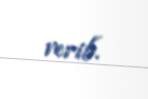
verib.